Madras plague regulations and rules for the inspection of inward and outward bound vessels - Volume 1
Disease focus: Plague
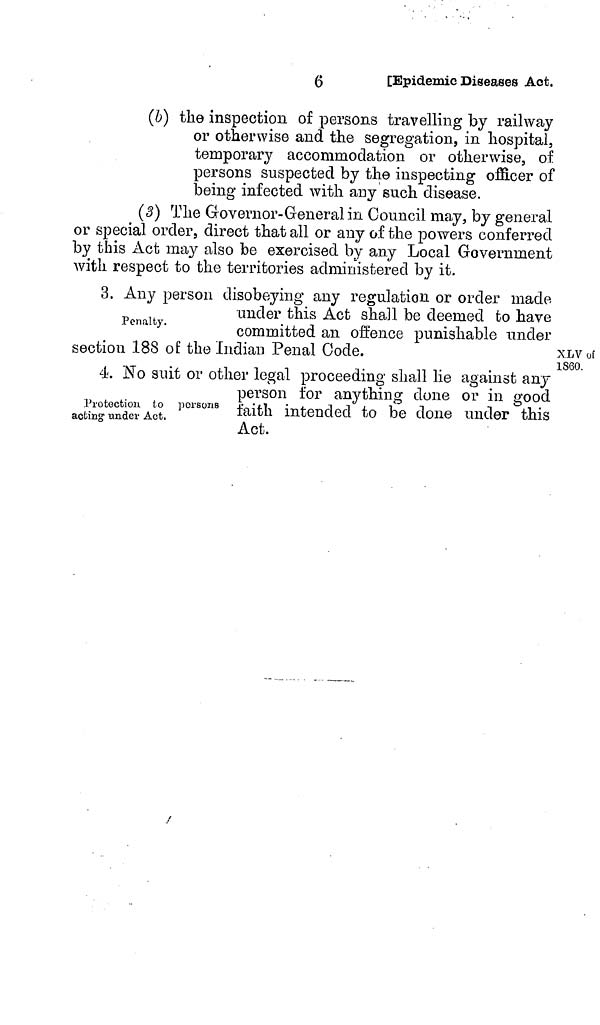
6
[Epidemic Diseases Act.
(b) the inspection of persons travelling by railway
or otherwise and the segregation, in hospital,
temporary accommodation or otherwise, of
persons suspected by the inspecting officer of
being infected with any such disease.
(3) The Governor- General in. Council may, by general
or special order, direct that all or any of the powers conferred
by this Act may also be exercised by any Local Government
with respect to the territories administered by it.
Penalty.
3. Any person disobeying any regulation or order made
under this Act shall be deemed to have
committed an offence punishable under
section 188 of the Indian Penal Code.
XLVof
1860.
Protection to persons
acting under Act.
4. No suit or other legal proceeding shall lie against any
person for anything done or in good
faith intended to be done under this
Act.